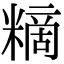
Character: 䊞